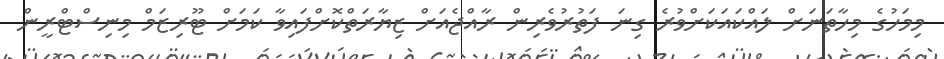
މިމަހުގެ މިހާތަނަށް ލައްކައަކަށްވުރެ ގިނަ ފަތުރުވެރިން ރާއްޖެއަށް ޒިޔާރަތްކޮށްފައިވާ ކަމަށް ޓޫރިޒަމް މިނިސްޓްރީން